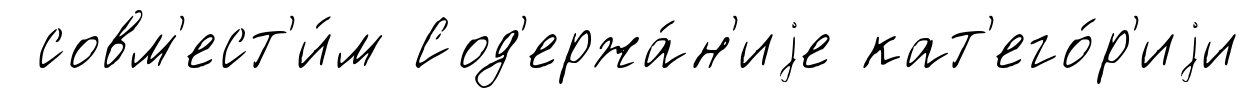
совм'ест'и́м Сод'ержа́н'иjе кат'его́р'иjи